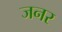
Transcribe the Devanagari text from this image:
जनर